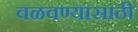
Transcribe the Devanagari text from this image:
वळवण्यासाठी